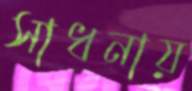
সাধনায়